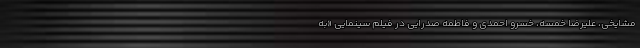
مشایخی، علیرضا خمسه، خسرو احمدی و فاطمه صدرایی در فیلم سینمایی «به